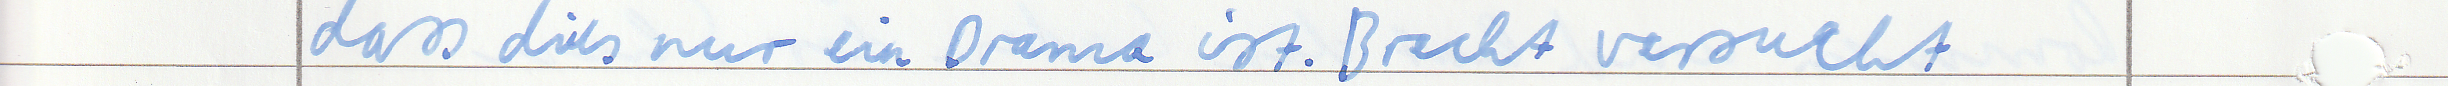
dass dies nur ein Drama ist. Brecht versucht